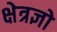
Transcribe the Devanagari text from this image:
क्षेत्रज्ञो